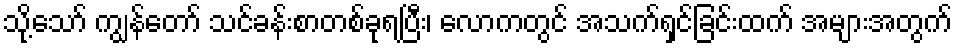
သို့သော် ကျွန်တော် သင်ခန်းစာတစ်ခုရပြီး၊ လောကတွင် အသက်ရှင်ခြင်းထက် အများအတွက်